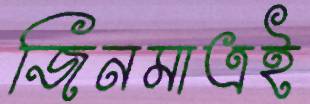
জিনমাত্রই